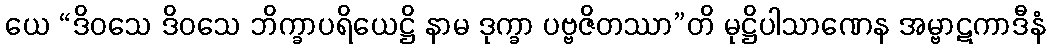
ယေ “ဒိဝသေ ဒိဝသေ ဘိက္ခာပရိယေဋ္ဌိ နာမ ဒုက္ခာ ပဗ္ဗဇိတဿာ”တိ မုဋ္ဌိပါသာဏေန အမ္ဗာဋကာဒီနံ